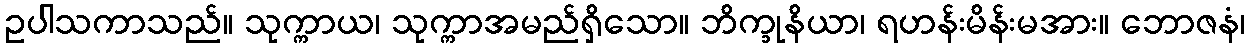
ဥပါသကာသည်။ သုက္ကာယ၊ သုက္ကာအမည်ရှိသော။ ဘိက္ခုနိယာ၊ ရဟန်းမိန်းမအား။ ဘောဇနံ၊